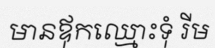
មានឪុកឈ្មោះទុំ រីម